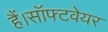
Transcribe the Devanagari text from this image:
हैं।सॉफ्टवेयर